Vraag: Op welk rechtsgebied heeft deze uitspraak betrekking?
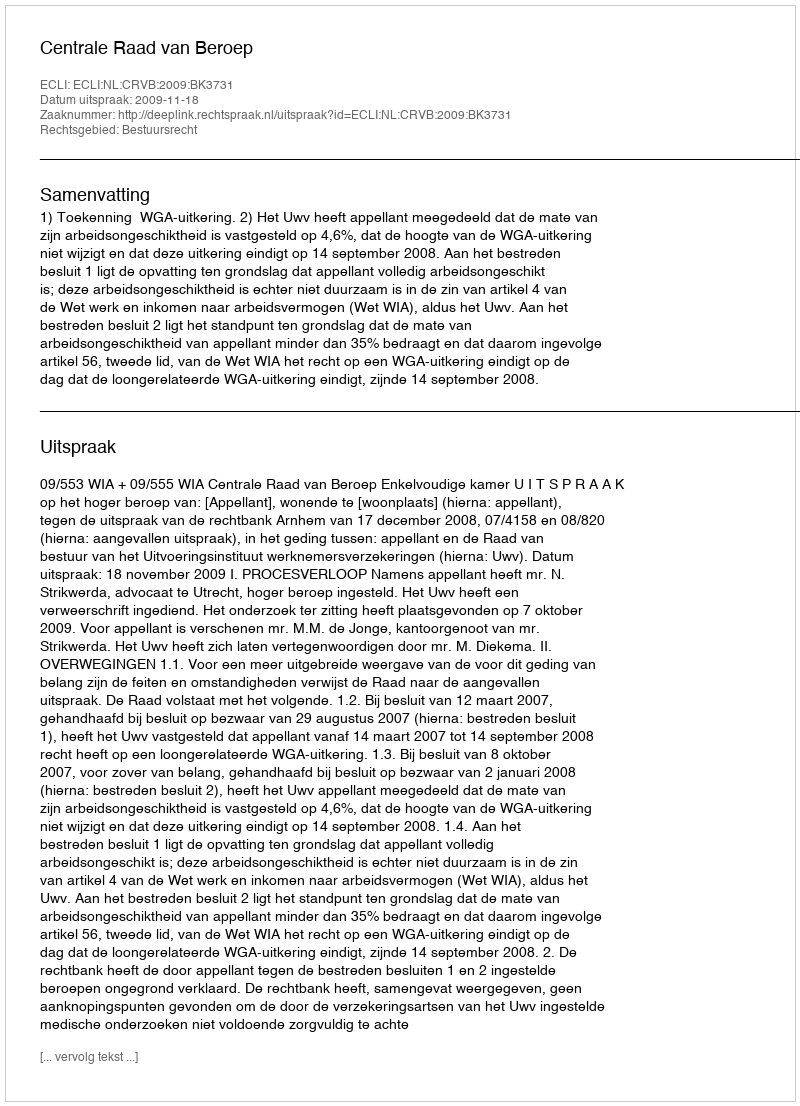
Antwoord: Bestuursrecht